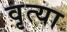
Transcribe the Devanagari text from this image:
वृत्या